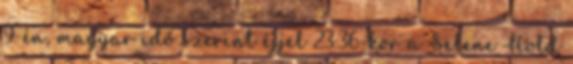
9-én, magyar idő szerint éjjel 23:36-kor a Selene Hold